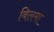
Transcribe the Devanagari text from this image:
बिलमा